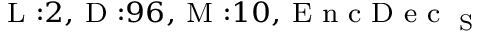
_ { \textrm { L } : 2 , \textrm { D } : 9 6 , \textrm { M } : 1 0 , \textrm { E n c D e c } _ { \textrm { S } } }